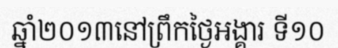
ឆ្នាំ២០១៣នៅព្រឹកថ្ងៃអង្គារ ទី១០